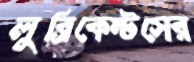
লুব্রিকেন্টসের